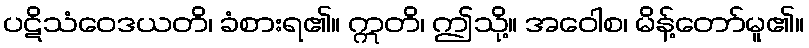
ပဋိသံဝေဒယတိ၊ ခံစားရ၏။ ဣတိ၊ ဤသို့။ အဝေါစ၊ မိန့်တော်မူ၏။